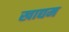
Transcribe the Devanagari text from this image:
खाद्यम